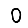
Digit: 0